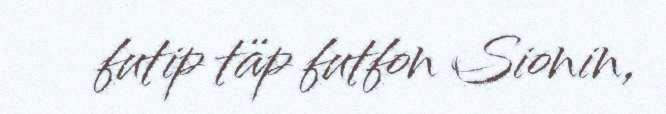
futip täp futfon Sionin,